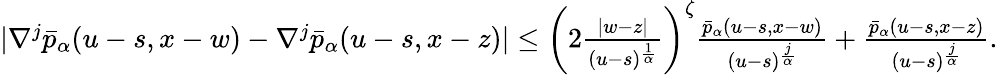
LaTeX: \begin{array}{r}{|\nabla^{j}\bar{p}_{\alpha}(u-s,x-w)-\nabla^{j}\bar{p}_{\alpha}(u-s,x-z)|\leq\left(2\frac{|w-z|}{(u-s)^{\frac{1}{\alpha}}}\right)^{\zeta}\frac{\bar{p}_{\alpha}(u-s,x-w)}{(u-s)^{\frac{j}{\alpha}}}+\frac{\bar{p}_{\alpha}(u-s,x-z)}{(u-s)^{\frac{j}{\alpha}}}.}\end{array}